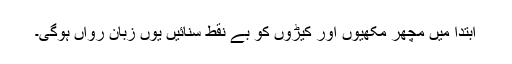
ابتدا میں مچھر مکھیوں اور کیڑوں کو بے نقط سنائیں یوں زبان رواں ہوگی۔